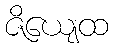
ဇိယျေထ